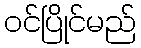
ဝင်ပြိုင်မည်